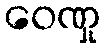
ဝေဏှု